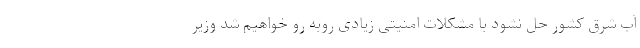
آب شرق کشور حل نشود با مشکلات امنیتی زیادی روبه رو خواهیم شد وزیر